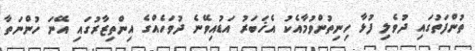
ތުންފަތުގައި ދުވެލި ފުޅާ ހިނިތުންވުމާއެކު އެޚަބަރު އަޑުއިވޭނެ ދުވަހެއްގެ އިންތިޒާރުގައި އޭނަ ހުންނަތާ